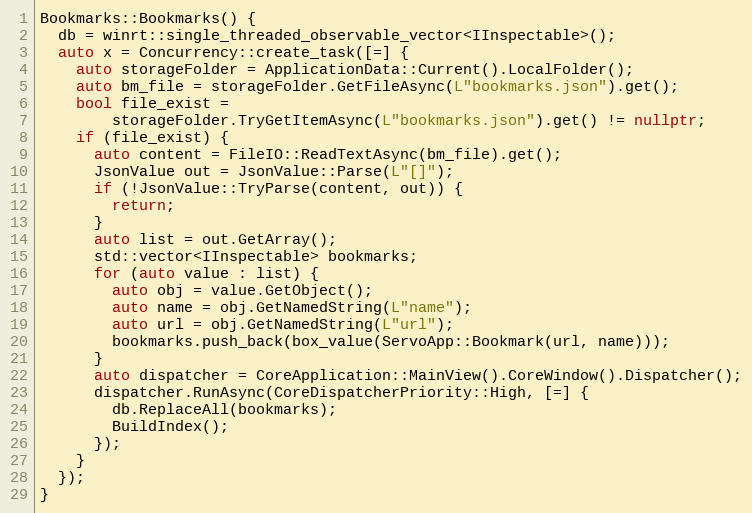
Language: C++
Bookmarks::Bookmarks() {
  db = winrt::single_threaded_observable_vector<IInspectable>();
  auto x = Concurrency::create_task([=] {
    auto storageFolder = ApplicationData::Current().LocalFolder();
    auto bm_file = storageFolder.GetFileAsync(L"bookmarks.json").get();
    bool file_exist =
        storageFolder.TryGetItemAsync(L"bookmarks.json").get() != nullptr;
    if (file_exist) {
      auto content = FileIO::ReadTextAsync(bm_file).get();
      JsonValue out = JsonValue::Parse(L"[]");
      if (!JsonValue::TryParse(content, out)) {
        return;
      }
      auto list = out.GetArray();
      std::vector<IInspectable> bookmarks;
      for (auto value : list) {
        auto obj = value.GetObject();
        auto name = obj.GetNamedString(L"name");
        auto url = obj.GetNamedString(L"url");
        bookmarks.push_back(box_value(ServoApp::Bookmark(url, name)));
      }
      auto dispatcher = CoreApplication::MainView().CoreWindow().Dispatcher();
      dispatcher.RunAsync(CoreDispatcherPriority::High, [=] {
        db.ReplaceAll(bookmarks);
        BuildIndex();
      });
    }
  });
}